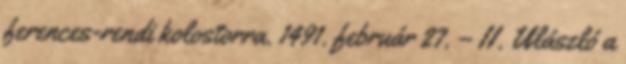
ferences-rendi kolostorra. 1491. február 27. – II. Ulászló a